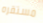
مستقره